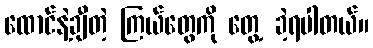
ထောင်နဲ့ချီတဲ့ ကြယ်တွေကို တွေ့ ခဲ့ရပါတယ်။